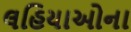
લહિયાઓના